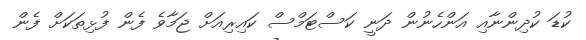
ކުޑަ ކުދިންނާއި އަންހެނުން ދަނީ ކަސްޓަމްސް ކައިރިއަށް ޖަމާވެ ފެން ފުޅިތަކަށް ފެން